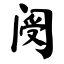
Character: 阌